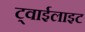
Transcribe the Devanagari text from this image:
ट्वाईलाइट